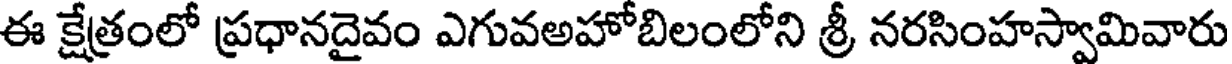
ఈ క్షేత్రంలో ప్రధానదైవం ఎగువఅహోబిలంలోని శ్రీ నరసింహస్వామివారు